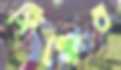
ফিল্মের